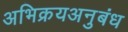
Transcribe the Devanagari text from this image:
अभिक्रयअनुबंध